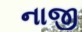
નાજી